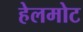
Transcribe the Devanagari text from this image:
हेलमोट